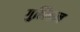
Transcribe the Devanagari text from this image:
गुलिकन